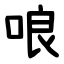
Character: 哴